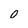
Character: 0